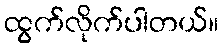
ထွက်လိုက်ပါတယ်။